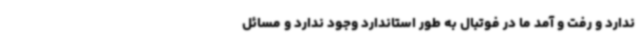
ندارد و رفت و آمد ما در فوتبال به طور استاندارد وجود ندارد و مسائل